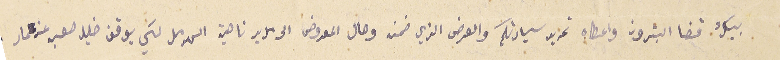
بيك قضا البترون واعطاه تحرير سيادتكم والعرض الذي ضمنه وحال المعروض الى مدير ناحية الهرمل لكي يوقف خليل صعب عن عمار